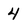
Character: 4